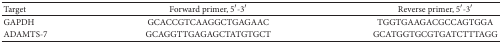
<table><thead><tr><td><b>Target</b></td><td><b>Forward primer, 5′-3′</b></td><td><b>Reverse primer, 5′-3′</b></td></tr></thead><tbody><tr><td>GAPDH</td><td>GCACCGTCAAGGCTGAGAAC</td><td>TGGTGAAGACGCCAGTGGA</td></tr><tr><td>ADAMTS-7</td><td>GCAGGTTGAGAGCTATGTGCT</td><td>GCATGGTGCGTGATCTTTAGG</td></tr></tbody></table>